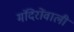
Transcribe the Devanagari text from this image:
मंदिरोंवाली